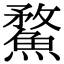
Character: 䱯